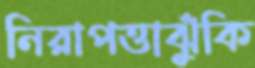
নিরাপত্তাঝুঁকি